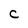
Character: C